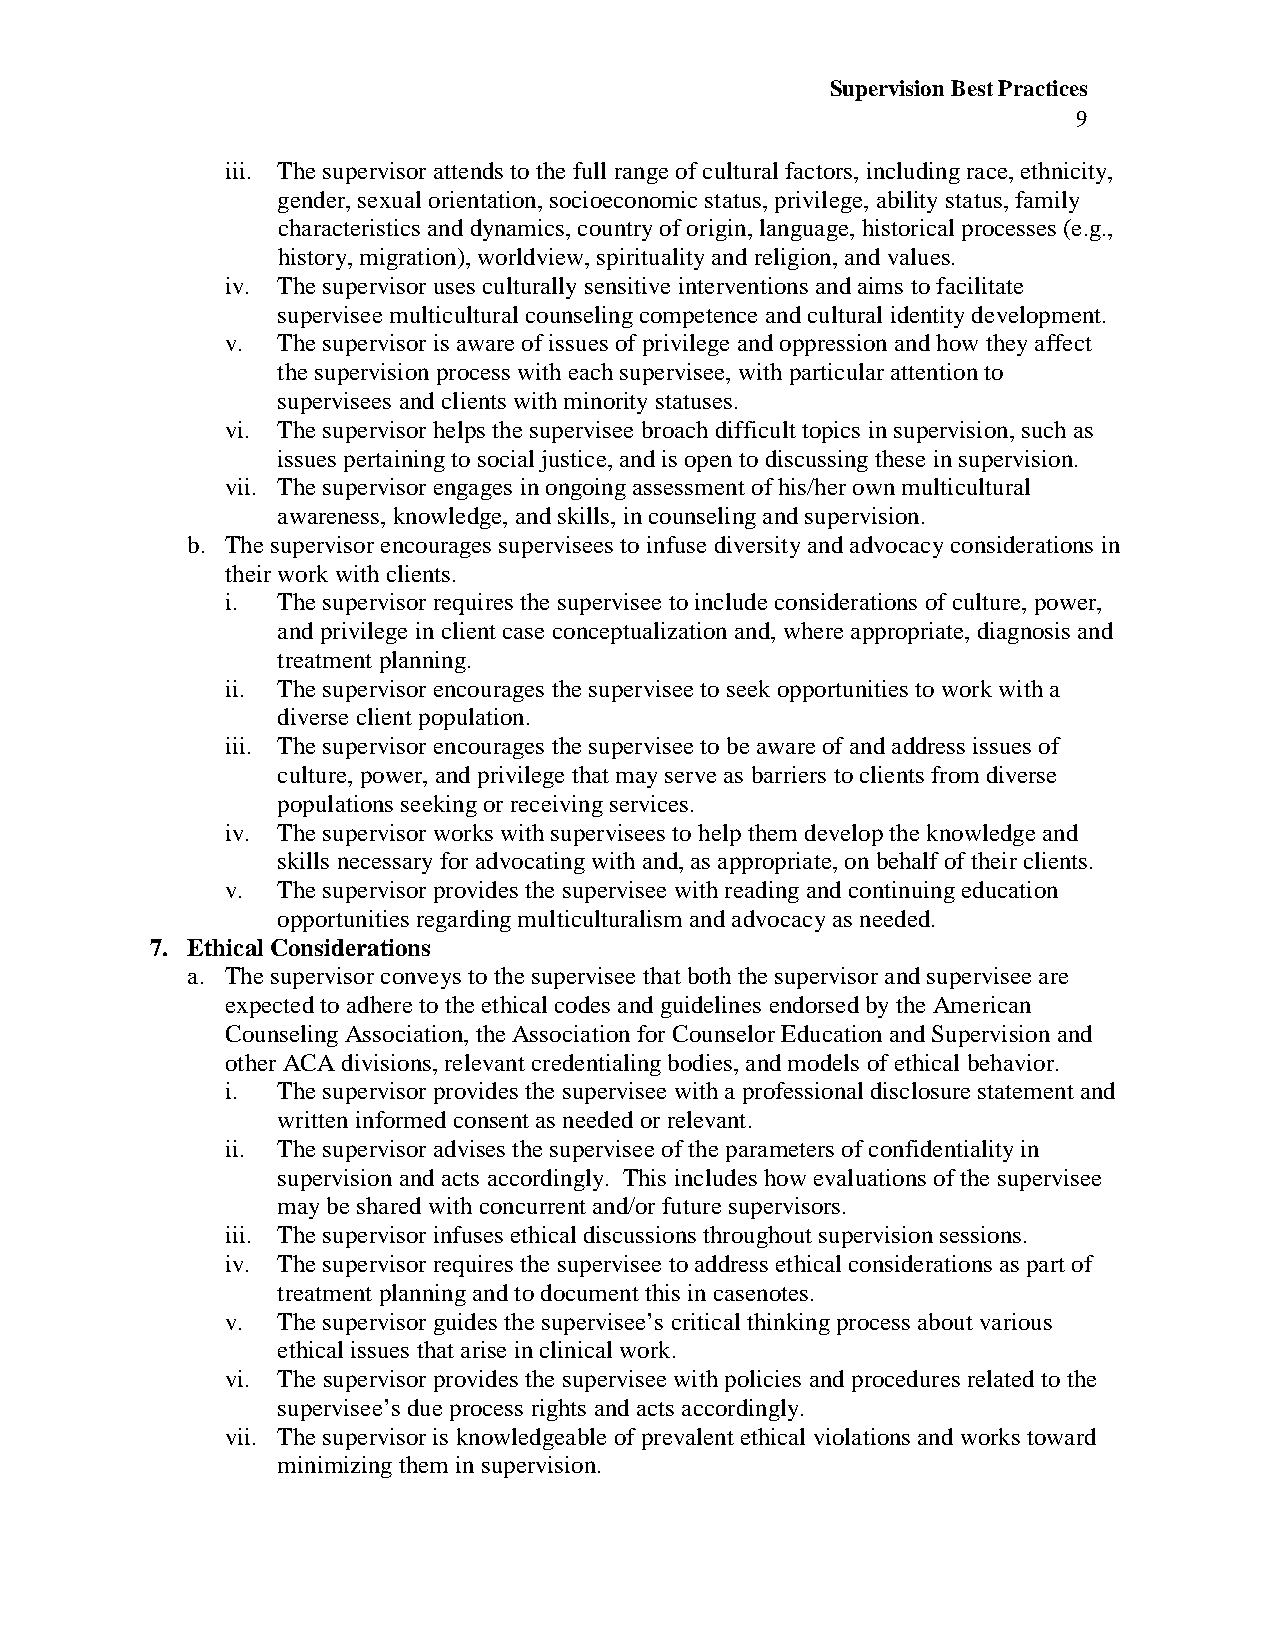
Supervision Best Practices
 9
 iii. The supervisor attends to the full range of cultural factors, including race, ethnicity,
 gender, sexual orientation, socioeconomic status, privilege, ability status, family
 characteristics and dynamics, country of origin, language, historical processes (e.g.,
 history, migration), worldview, spirituality and religion, and values.
 iv. The supervisor uses culturally sensitive interventions and aims to facilitate
 supervisee multicultural counseling competence and cultural identity development.
 v. The supervisor is aware of issues of privilege and oppression and how they affect
 the supervision process with each supervisee, with particular attention to
 supervisees and clients with minority statuses.
 vi. The supervisor helps the supervisee broach difficult topics in supervision, such as
 issues pertaining to social justice, and is open to discussing these in supervision.
 vii. The supervisor engages in ongoing assessment of his/her own multicultural
 awareness, knowledge, and skills, in counseling and supervision.
 b. The supervisor encourages supervisees to infuse diversity and advocacy considerations in
 their work with clients.
 i. The supervisor requires the supervisee to include considerations of culture, power,
 and privilege in client case conceptualization and, where appropriate, diagnosis and
 treatment planning.
 ii. The supervisor encourages the supervisee to seek opportunities to work with a
 diverse client population.
 iii. The supervisor encourages the supervisee to be aware of and address issues of
 culture, power, and privilege that may serve as barriers to clients from diverse
 populations seeking or receiving services.
 iv. The supervisor works with supervisees to help them develop the knowledge and
 skills necessary for advocating with and, as appropriate, on behalf of their clients.
 v. The supervisor provides the supervisee with reading and continuing education
 opportunities regarding multiculturalism and advocacy as needed.
 7. Ethical Considerations
 a. The supervisor conveys to the supervisee that both the supervisor and supervisee are
 expected to adhere to the ethical codes and guidelines endorsed by the American
 Counseling Association, the Association for Counselor Education and Supervision and
 other ACA divisions, relevant credentialing bodies, and models of ethical behavior.
 i. The supervisor provides the supervisee with a professional disclosure statement and
 written informed consent as needed or relevant.
 ii. The supervisor advises the supervisee of the parameters of confidentiality in
 supervision and acts accordingly. This includes how evaluations of the supervisee
 may be shared with concurrent and/or future supervisors.
 iii. The supervisor infuses ethical discussions throughout supervision sessions.
 iv. The supervisor requires the supervisee to address ethical considerations as part of
 treatment planning and to document this in casenotes.
 v. The supervisor guides the supervisee’s critical thinking process about various
 ethical issues that arise in clinical work.
 vi. The supervisor provides the supervisee with policies and procedures related to the
 supervisee’s due process rights and acts accordingly.
 vii. The supervisor is knowledgeable of prevalent ethical violations and works toward
 minimizing them in supervision.